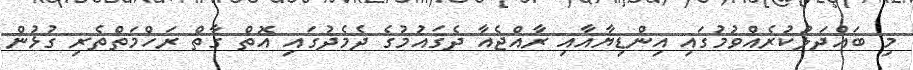
މި ބައްދަލުކުރެއްވުމުގައި އިންޑިޔާއާއި ރާއްޖެއާ ދެޤައުމުގެ ދެމެދުގައި އޮތް ގާތް ރަހްމަތްތެރި ގުޅުން